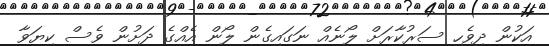
އަކުން ދިވެހި ސަރުކާރަށް ލޯނެއް ނަގައިގެން ލޯން އެއްގެ ދަށުން ވެސް ކިޔަވާ